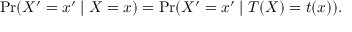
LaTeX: \operatorname* { P r } ( X ^ { \prime } = x ^ { \prime } \mid X = x ) = \operatorname* { P r } ( X ^ { \prime } = x ^ { \prime } \mid T ( X ) = t ( x ) ) .